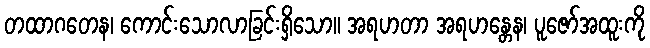
တထာဂတေန၊ ကောင်းသောလာခြင်းရှိသော။ အရဟတာ အရဟန္တေန၊ ပူဇော်အထူးကို